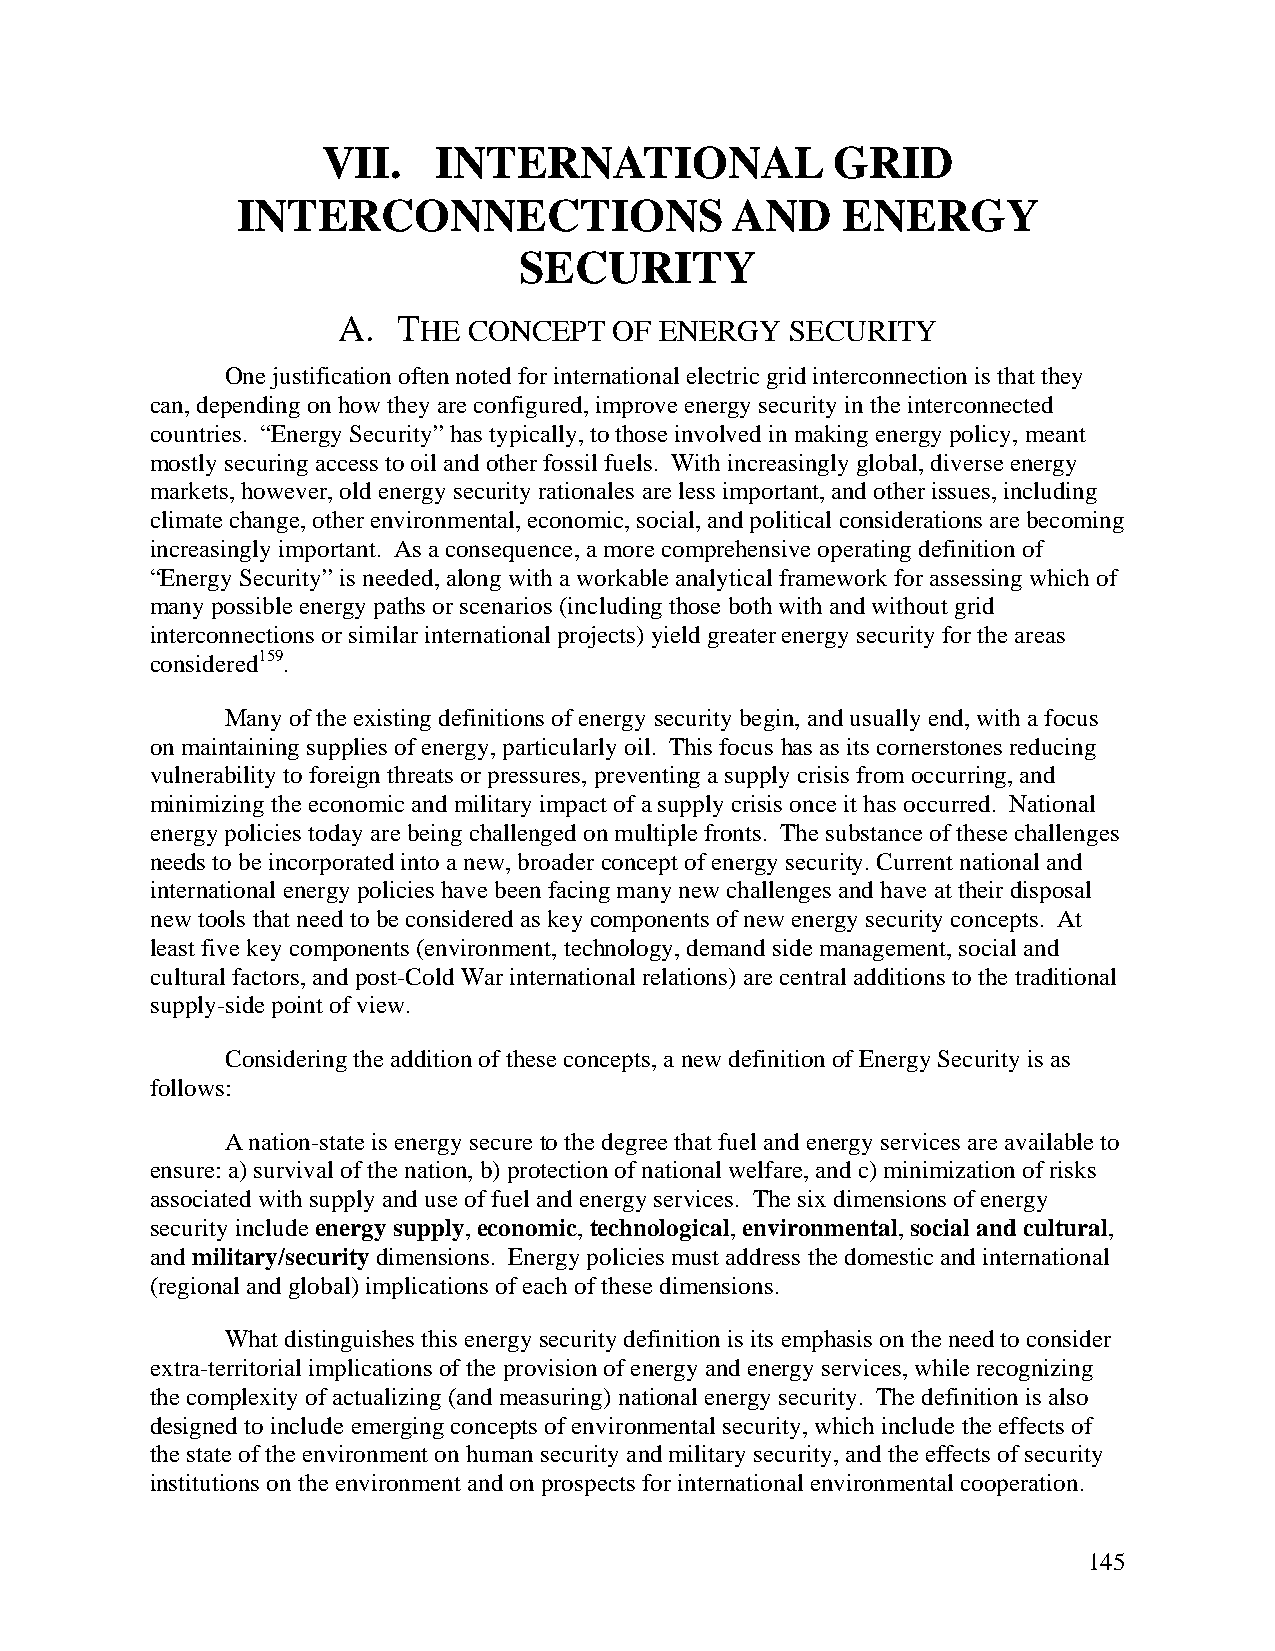
VII.    INTERNATIONAL             GRID
 INTERCONNECTIONS                AND     ENERGY
 SECURITY
 A.  THE  CONCEPT   OF ENERGY  SECURITY
 One justification often noted for international electric grid interconnection is that they
 can, depending on how they are configured, improve energy security in the interconnected
 countries. “Energy Security” has typically, to those involved in making energy policy, meant
 mostly securing access to oil and other fossil fuels. With increasingly global, diverse energy
 markets, however, old energy security rationales are less important, and other issues, including
 climate change, other environmental, economic, social, and political considerations are becoming
 increasingly important. As a consequence, a more comprehensive operating definition of
 “Energy Security” is needed, along with a workable analytical framework for assessing which of
 many possible energy paths or scenarios (including those both with and without grid
 interconnections or similar international projects) yield greater energy security for the areas
 considered159.
 Many of the existing definitions of energy security begin, and usually end, with a focus
 on maintaining supplies of energy, particularly oil. This focus has as its cornerstones reducing
 vulnerability to foreign threats or pressures, preventing a supply crisis from occurring, and
 minimizing the economic and military impact of a supply crisis once it has occurred. National
 energy policies today are being challenged on multiple fronts. The substance of these challenges
 needs to be incorporated into a new, broader concept of energy security. Current national and
 international energy policies have been facing many new challenges and have at their disposal
 new tools that need to be considered as key components of new energy security concepts. At
 least five key components (environment, technology, demand side management, social and
 cultural factors, and post-Cold War international relations) are central additions to the traditional
 supply-side point of view.
 Considering the addition of these concepts, a new definition of Energy Security is as
 follows:
 A nation-state is energy secure to the degree that fuel and energy services are available to
 ensure: a) survival of the nation, b) protection of national welfare, and c) minimization of risks
 associated with supply and use of fuel and energy services. The six dimensions of energy
 security include energy supply, economic, technological, environmental, social and cultural,
 and military/security dimensions. Energy policies must address the domestic and international
 (regional and global) implications of each of these dimensions.
 What distinguishes this energy security definition is its emphasis on the need to consider
 extra-territorial implications of the provision of energy and energy services, while recognizing
 the complexity of actualizing (and measuring) national energy security. The definition is also
 designed to include emerging concepts of environmental security, which include the effects of
 the state of the environment on human security and military security, and the effects of security
 institutions on the environment and on prospects for international environmental cooperation.
 145